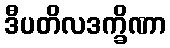
ဒီပတိလဒက္ခိဏာ